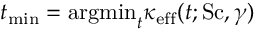
t _ { \mathrm { m i n } } = \mathrm { a r g m i n } _ { t } \kappa _ { \mathrm { e f f } } ( t ; \mathrm { S c } , \gamma )